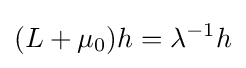
(L+\mu _{0})h=\lambda ^{-1}h